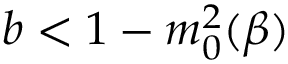
b < 1 - m _ { 0 } ^ { 2 } ( \beta )